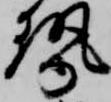
勢